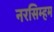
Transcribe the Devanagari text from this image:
नरसिम्हम